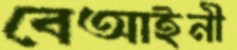
বেআইনী